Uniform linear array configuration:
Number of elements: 4
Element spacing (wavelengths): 1
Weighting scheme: cosine
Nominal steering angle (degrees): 0
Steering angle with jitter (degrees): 0.03853
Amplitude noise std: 0.05
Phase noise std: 0.05

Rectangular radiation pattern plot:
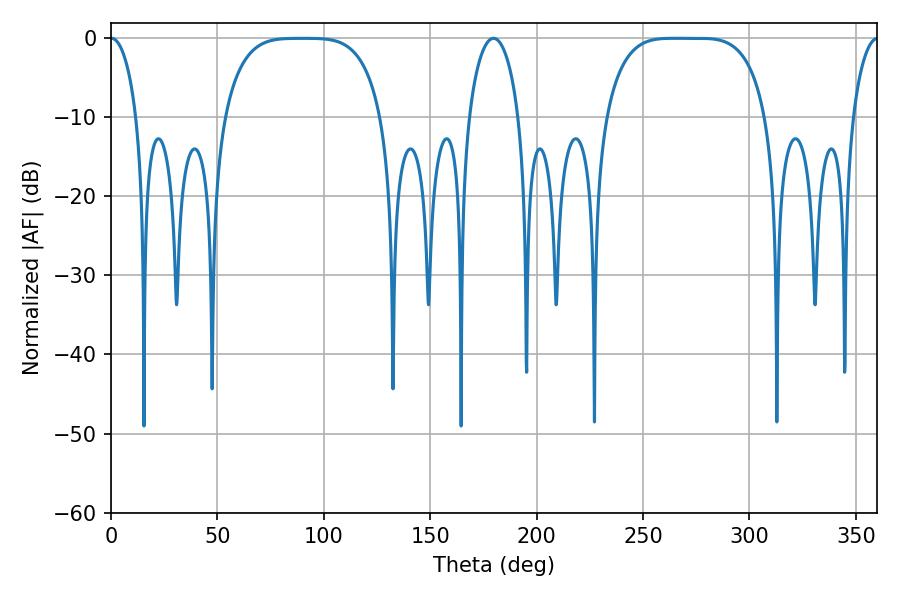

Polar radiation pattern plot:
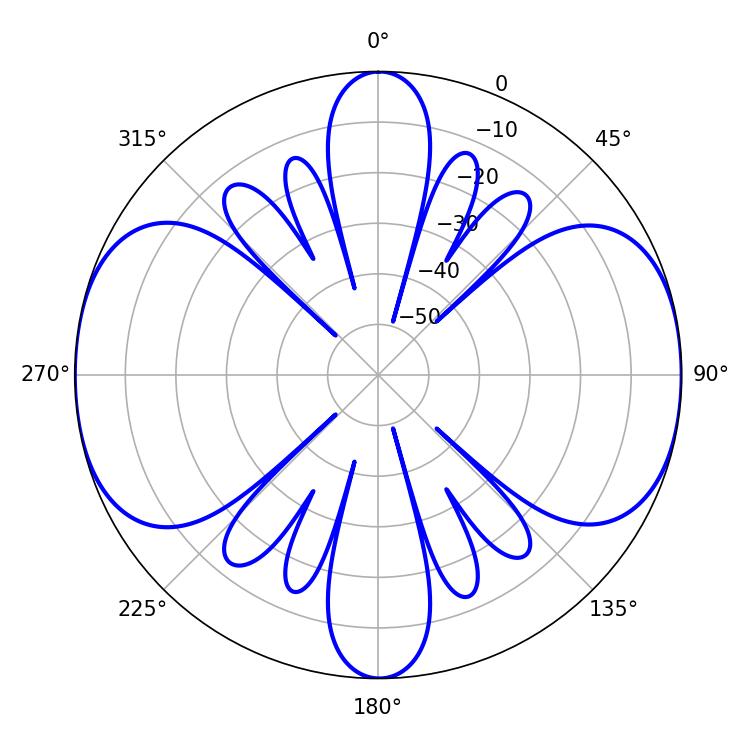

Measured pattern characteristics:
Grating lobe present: TRUE
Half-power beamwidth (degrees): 57.24
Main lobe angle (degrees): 264.6